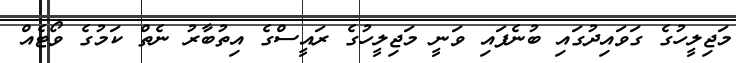
މަޖިލީހުގެ ގަވައިދުގައި ބުނެފައި ވަނީ މަޖިލީހުގެ ރައީސްގެ އިތުބާރު ނެތް ކަމުގެ ވޯޓެއް